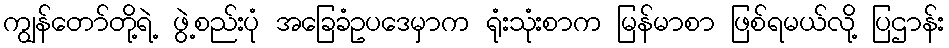
ကျွန်တော်တို့ရဲ့ ဖွဲ့စည်းပုံ အခြေခံဥပဒေမှာက ရုံးသုံးစာက မြန်မာစာ ဖြစ်ရမယ်လို့ ပြဌာန်း